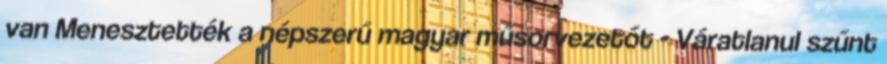
van Menesztették a népszerű magyar műsorvezetőt - Váratlanul szűnt